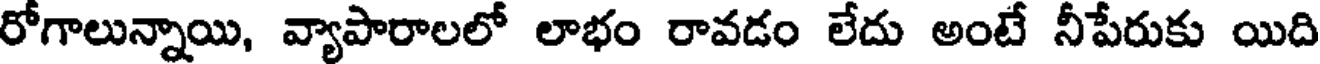
రోగాలున్నాయి, వ్యాపారాలలో లాభం రావడం లేదు అంటే నీపేరుకు యిది